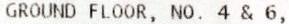
GROUND FLOOR, NO. 4 & 6,